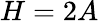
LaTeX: H=2A